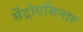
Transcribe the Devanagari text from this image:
सेंट्रोएसिनार